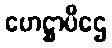
ဟေဋ္ဌာပီဌေ